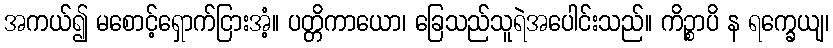
အကယ်၍ မစောင့်ရှောက်ငြားအံ့။ ပတ္တိကာယော၊ ခြေသည်သူရဲအပေါင်းသည်။ ကိဉ္စာပိ န ရက္ခေယျ၊